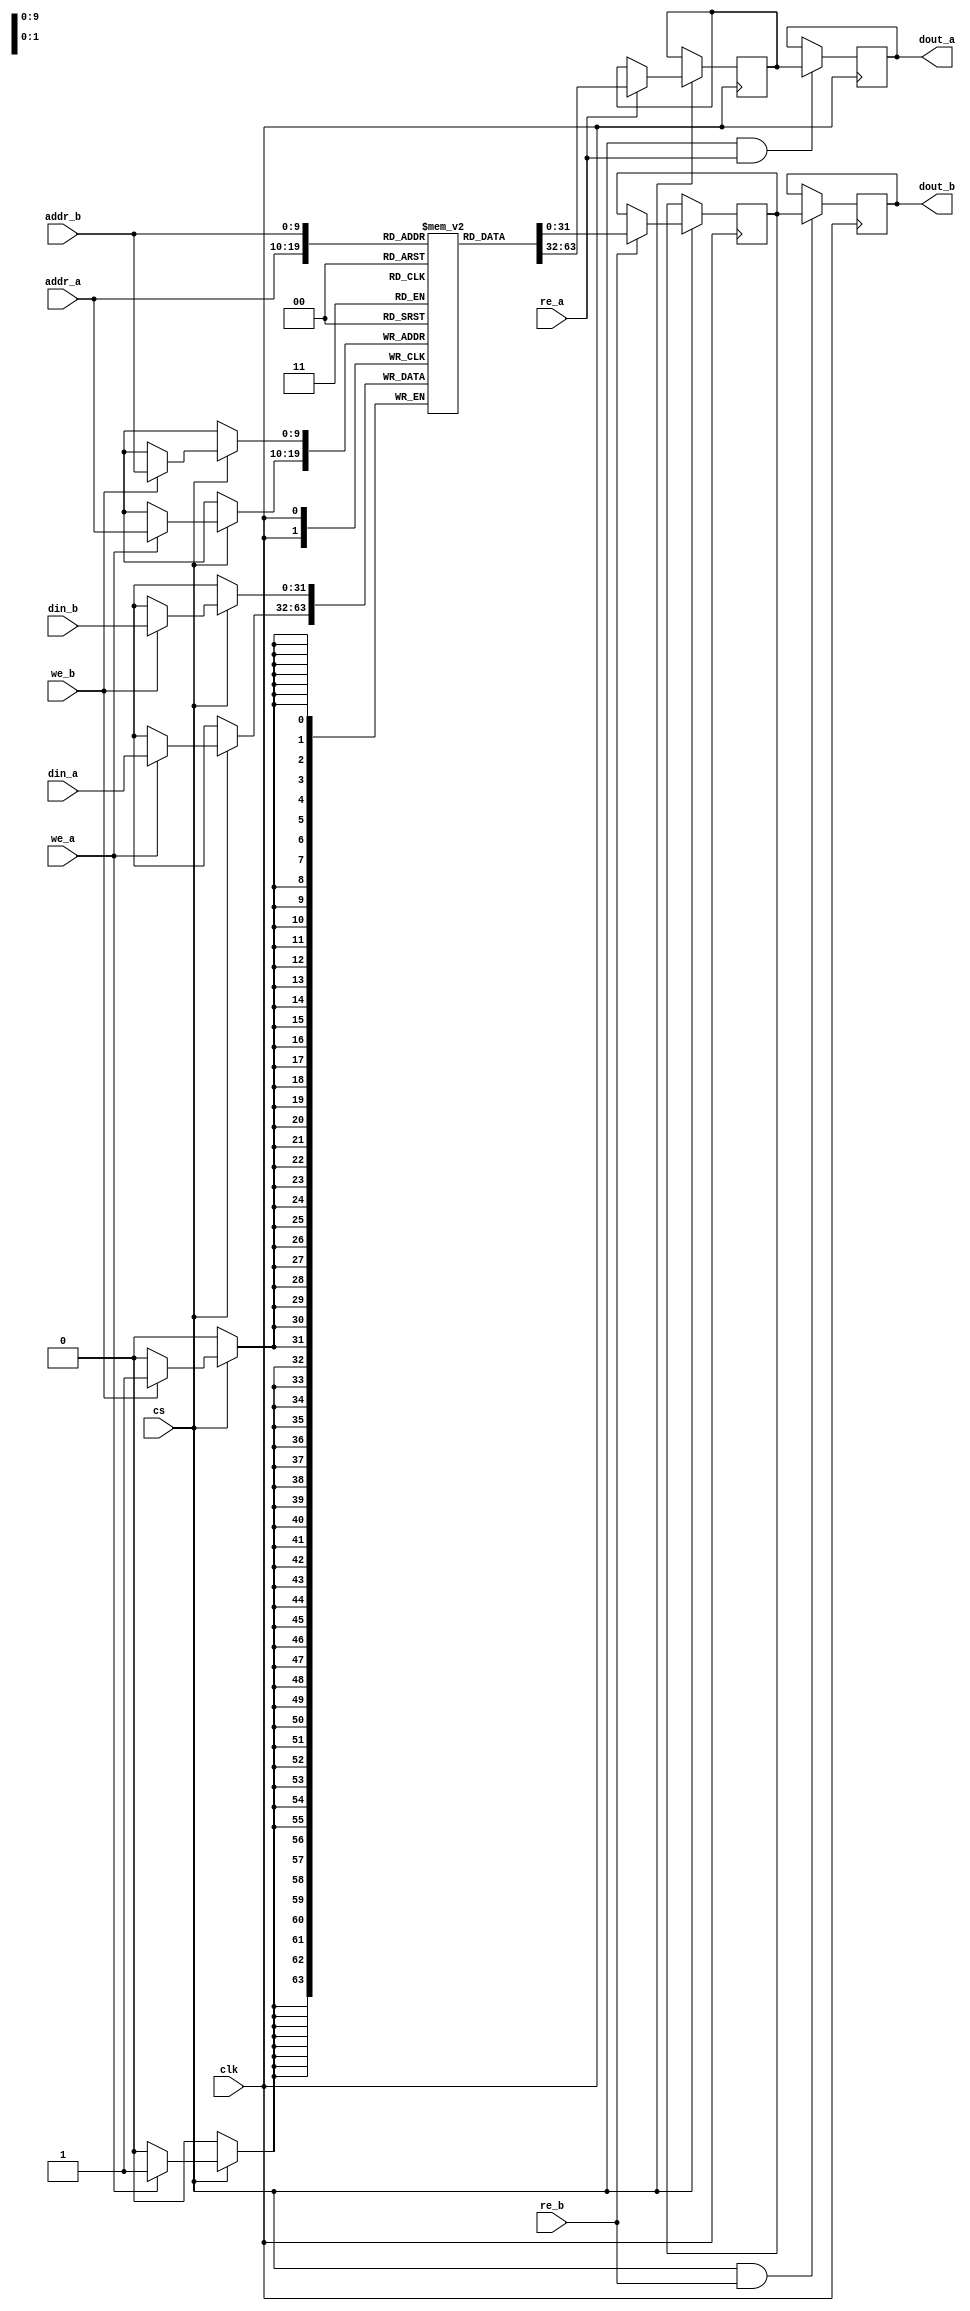
module pipelined_sram #(
    parameter DATA_WIDTH = 32, // Configurable data width
    parameter ADDR_WIDTH = 10,  // Address width (for 1KB memory)
    parameter DEPTH = 1 << ADDR_WIDTH // Memory depth
)(
    input wire clk,               // Clock signal
    input wire cs,                // Chip Select
    input wire we_a,              // Write Enable for Port A
    input wire re_a,              // Read Enable for Port A
    input wire [ADDR_WIDTH-1:0] addr_a, // Address for Port A
    input wire [DATA_WIDTH-1:0] din_a,  // Data input for Port A
    output reg [DATA_WIDTH-1:0] dout_a,  // Data output for Port A

    input wire we_b,              // Write Enable for Port B
    input wire re_b,              // Read Enable for Port B
    input wire [ADDR_WIDTH-1:0] addr_b, // Address for Port B
    input wire [DATA_WIDTH-1:0] din_b,  // Data input for Port B
    output reg [DATA_WIDTH-1:0] dout_b   // Data output for Port B
);

    // Memory array
    reg [DATA_WIDTH-1:0] memory [0:DEPTH-1];

    // Pipeline registers for read/write operations
    reg [DATA_WIDTH-1:0] pipeline_reg_a;
    reg [DATA_WIDTH-1:0] pipeline_reg_b;

    // Input Stage for Port A
    always @(posedge clk) begin
        if (cs) begin
            if (we_a) begin
                memory[addr_a] <= din_a; // Write operation
            end
            if (re_a) begin
                pipeline_reg_a <= memory[addr_a]; // Read operation
            end
        end
    end

    // Processing Stage for Port A
    always @(posedge clk) begin
        if (cs && re_a) begin
            dout_a <= pipeline_reg_a; // Output data for Port A
        end
    end

    // Input Stage for Port B
    always @(posedge clk) begin
        if (cs) begin
            if (we_b) begin
                memory[addr_b] <= din_b; // Write operation
            end
            if (re_b) begin
                pipeline_reg_b <= memory[addr_b]; // Read operation
            end
        end
    end

    // Processing Stage for Port B
    always @(posedge clk) begin
        if (cs && re_b) begin
            dout_b <= pipeline_reg_b; // Output data for Port B
        end
    end

endmodule